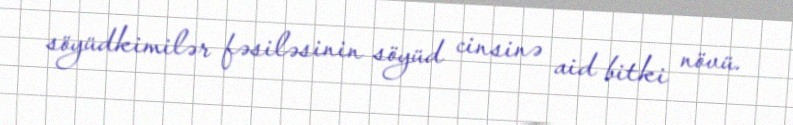
söyüdkimilər fəsiləsinin söyüd cinsinə aid bitki növü.